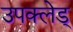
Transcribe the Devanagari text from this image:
उपक्लेड्